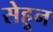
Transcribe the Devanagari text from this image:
सेहून